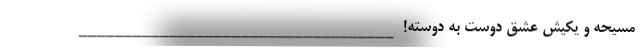
مسیحه و یکیش عشق دوست به دوسته! ___________________________________